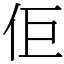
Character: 佢